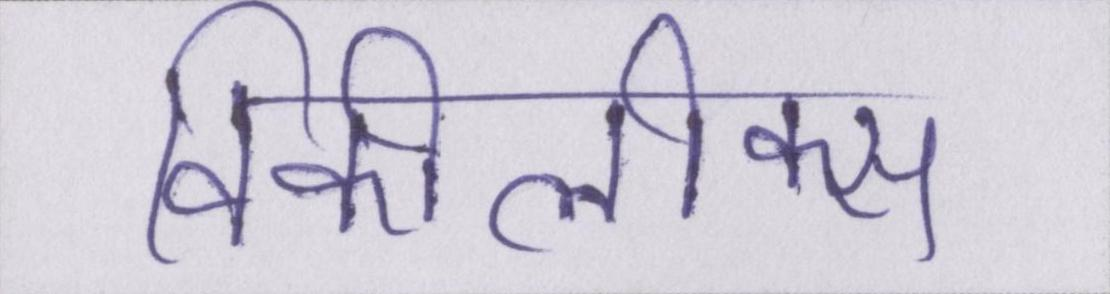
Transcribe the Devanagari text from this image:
विकीलीक्स